Note on the mental hospitals in Burma - 1925-1940
Year: 1925
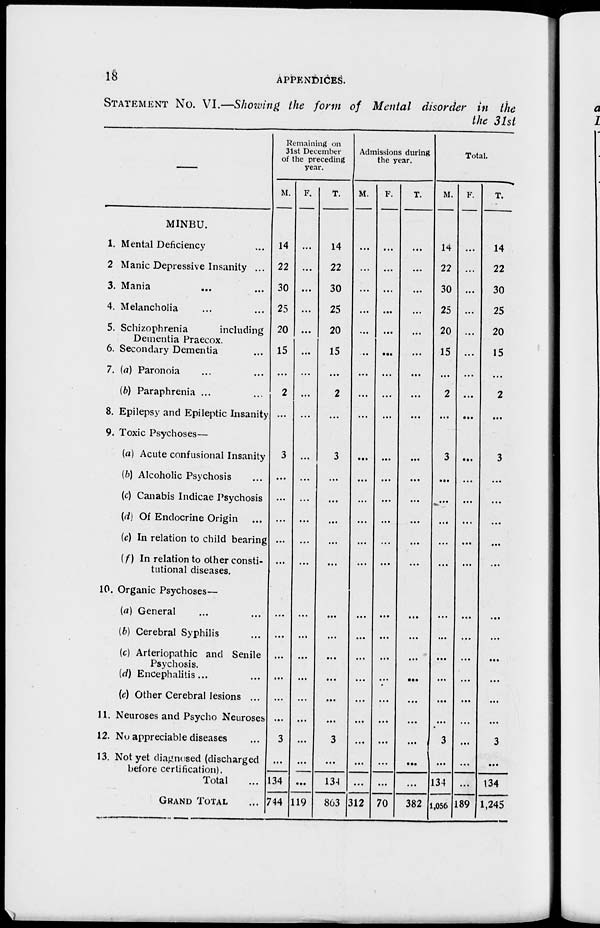
18
APPENDICES.
STATEMENT No. VI.—Showing the form of Mental disorder in the
the 31st
—
MINBU.
1. Mental Deficiency ...
2. Manic Depressive Insanity ...
3. Mania ... ...
4. Melancholia ... ...
5. Schizophrenia
including
Dementia Praecox.
6. Secondary Dementia ...
7. (a) Paronoia ... ...
(b) Paraphrenia ... ...
8. Epilepsy and Epileptic Insanity
9. Toxic Psychoses—
(a) Acute confusional Insanity
(b) Alcoholic Psychosis ...
(c) Canabis Indicae Psychosis
(d) Of Endocrine Origin ...
(e) In relation to child bearing
(f) In relation to other consti-
tutional diseases.
10. Organic Psychoses—
(a) General ... ...
(b) Cerebral Syphilis ...
(c) Arteriopathic and Senile
Psychosis.
(d) Encephalitis ... ...
(e) Other Cerebral lesions ... ...
11. Neuroses and Psycho Neuroses
12. No appreciable diseases ...
13. Not yet diagnosed (discharged
before certification).
Total ...
GRAND TOTAL ...
Remaining on
31st December
of the preceding
year.
M.
14
22
30
25
20
15
...
2
...
3
...
...
...
...
...
...
...
...
...
...
...
3
...
134
744
F.
...
...
...
...
...
...
...
...
...
...
...
...
...
...
...
...
...
...
...
...
...
...
...
...
119
T.
14
22
30
25
20
15
...
2
...
3
...
...
...
...
...
...
...
...
...
...
...
3
...
134
863
Admissions during
the year.
M.
...
...
...
...
...
...
...
...
...
...
...
...
...
...
...
...
...
...
...
...
...
...
...
...
312
F.
...
...
...
...
...
...
...
...
...
...
...
...
...
...
...
...
...
...
...
...
...
...
...
...
70
T.
...
...
...
...
...
...
...
...
...
...
...
...
...
...
...
...
...
...
...
...
...
...
...
...
382
Total.
M.
14
22
30
25
20
15
...
2
...
3
...
...
...
...
...
...
...
...
...
...
...
3
...
134
1,056
F.
...
...
...
...
...
...
...
...
...
...
...
...
...
...
...
...
...
...
...
...
...
...
...
...
189
T.
14
22
30
25
20
15
...
2
...
3
...
...
...
...
...
...
...
...
...
...
...
3
...
134
1,245